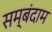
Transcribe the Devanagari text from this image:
सम्बंदाम